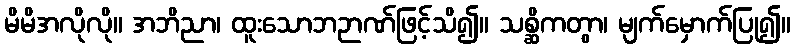
မိမိအလိုလို။ အဘိညာ၊ ထူးသောဘဉာဏ်ဖြင့်သိ၍။ သစ္ဆိကတွာ၊ မျက်မှောက်ပြု၍။